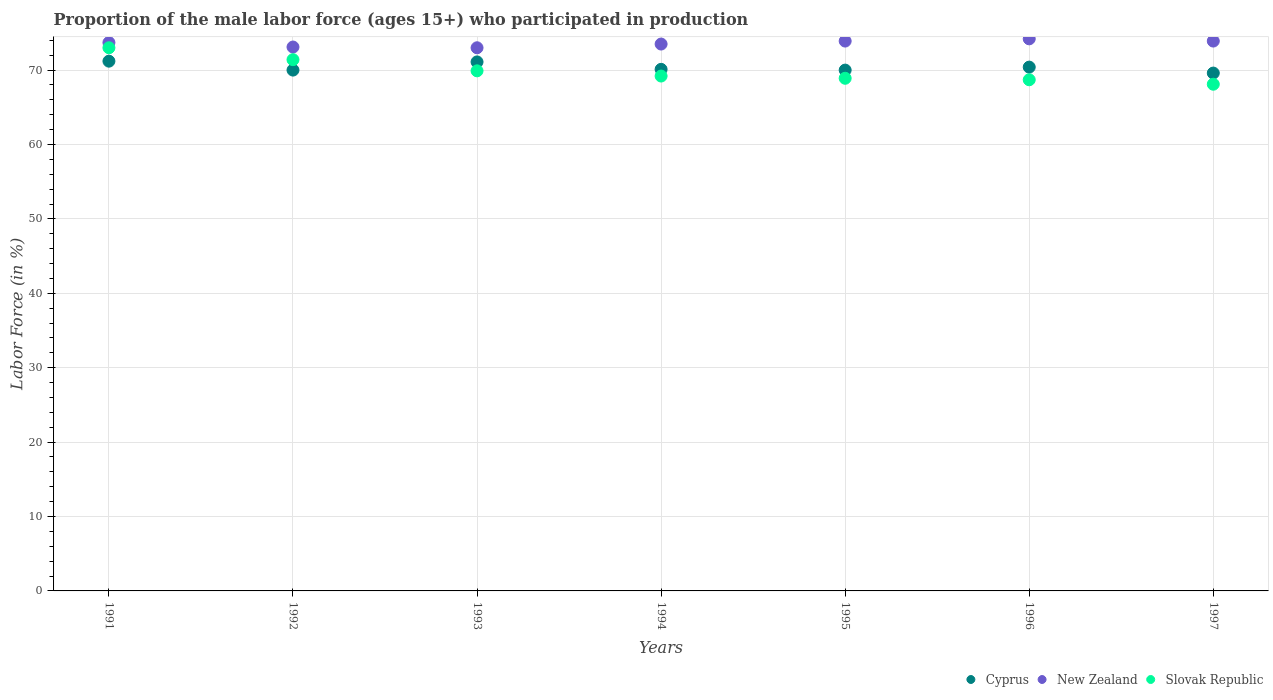
| Years | Cyprus | New Zealand | Slovak Republic |
 | --- | --- | --- | --- |
 | 1991 | 71.2 | 73.7 | 73 |
 | 1992 | 70 | 73.1 | 71.4 |
 | 1993 | 71.1 | 73 | 69.9 |
 | 1994 | 70.1 | 73.5 | 69.2 |
 | 1995 | 70 | 73.9 | 68.9 |
 | 1996 | 70.4 | 74.2 | 68.7 |
 | 1997 | 69.6 | 73.9 | 68.1 |